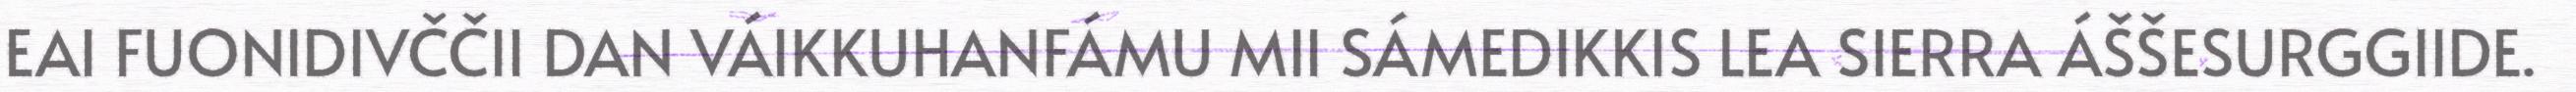
EAI FUONIDIVČČII DAN VÁIKKUHANFÁMU MII SÁMEDIKKIS LEA SIERRA ÁŠŠESURGGIIDE.